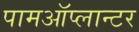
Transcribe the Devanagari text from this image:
पामऑप्लान्टर